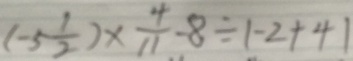
( - 5 \frac { 1 } { 2 } ) \times \frac { 4 } { 1 1 } - 8 \div 1 - 2 + 4 1